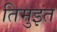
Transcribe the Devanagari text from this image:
तिमुइत